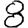
Digit: 8